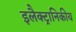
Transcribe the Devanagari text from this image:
इलैक्ट्रानिकीय